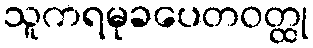
သူကရမုခပေတဝတ္ထု